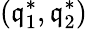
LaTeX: (\mathfrak{q}_{1}^{*},\mathfrak{q}_{2}^{*})